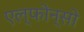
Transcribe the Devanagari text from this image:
एल्फोन्सो